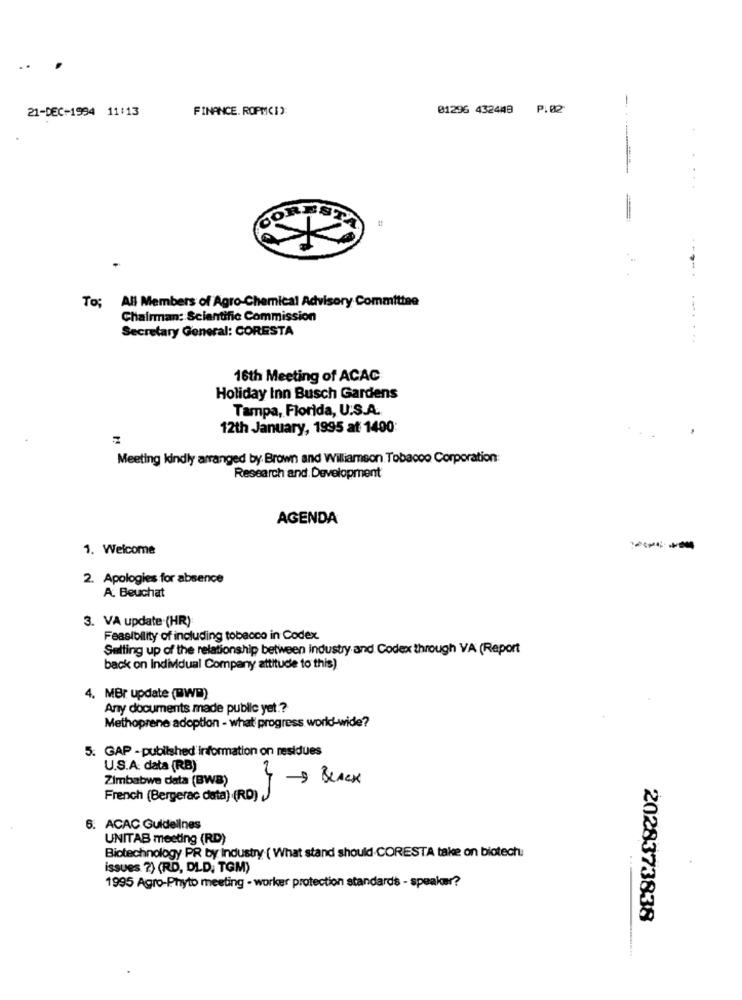
21-DEC-1994 11:13
FINANCE. ROPMCIO:
01296 432448 P.02
-
JOREST
To; All Members of Agro-Chemical Advisory Committee
Chairman: Scientific Commission
Secretary General: CORESTA
.-....
16th Meeting of ACAC
Holiday Inn Busch Gardens
Tampa, Florida, U.S.A.
12th January, 1995 at 1490
Meeting kindly arranged by Brown and Williamson Tobacco Corporation:
Research and Development
AGENDA
1. Welcome
----
2. Apologies for absence
A. Beuchat
3. VA update (HR)
Feasibility of including tobacco in Codex.
Setting up of the relationship between industry and Codex through VA (Report
back on Individual Company attitude to this)
4. MBr update (@WP)
Any documents made public yet .?
Methoprene adoption - what progress world-wide?
5. GAP - published information on residues
U.S.A data (RB)
Zimbabwe data (BWB)
-> BLACK
French (Bergerac data) (RD)
6. ACAC Guidelines
UNITAS meeting (RD)
Biotechnology PR by Industry ( What stand should.CORESTA take on biotech.
issues ?) (RD, DLD, TGM)
1995 Agro-Phyto meeting - worker protection standards - speaker?
2028373838